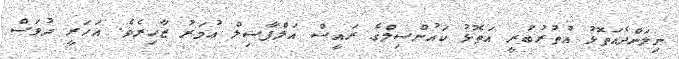
ނިލަންދެއަތޮޅު އުތުރުބުރީ އަތޮޅު ކައުންސިލްގެ ރައީސް އަލްފާޟިލް ޢުމަރު ޒާހިރެވެ. އަހަރީ ދުވަސް